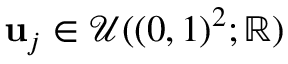
\mathbf { u } _ { j } \in \mathcal { U } ( ( 0 , 1 ) ^ { 2 } ; \mathbb { R } )